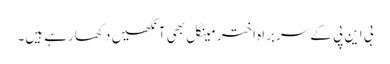
بی این پی کے سربراہ اختر مینگل بھی آنکھیں دکھا رہے ہیں۔